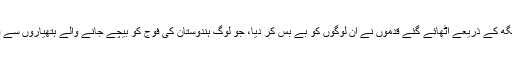
جنرل وی کے سنگھ کے ذریعے اٹھائے گئے قدموں نے اُن لوگوں کو بے بس کر دیا، جو لوگ ہندوستان کی فوج کو بیچے جانے والے ہتھیاروں سے فائدہ اٹھاتے تھے۔